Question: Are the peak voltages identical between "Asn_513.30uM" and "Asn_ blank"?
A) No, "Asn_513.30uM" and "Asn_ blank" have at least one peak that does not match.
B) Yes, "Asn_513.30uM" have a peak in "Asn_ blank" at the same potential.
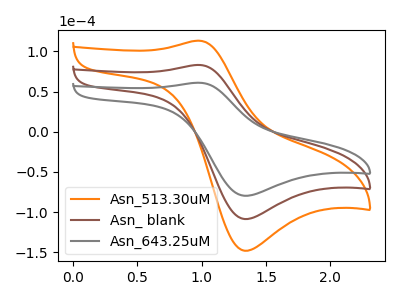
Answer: <think>The orange curve "Asn_513.30uM" has an anodic peak at (0.95V, 166.15uA) and a cathodic peak at (1.35V, -217.10uA). The brown curve "Asn_ blank" has an anodic peak at (0.95V, 83.05uA) and a cathodic peak at (1.35V, -108.55uA). The gray curve "Asn_643.25uM" has an anodic peak at (0.95V, 60.95uA) and a cathodic peak at (1.35V, -79.65uA).</think>
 <answer>B) Yes, "Asn_513.30uM" have a peak in "Asn_ blank" at the same potential.</answer>
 <eval>B</eval>